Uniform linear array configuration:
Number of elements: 32
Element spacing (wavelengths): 0.5
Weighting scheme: hann
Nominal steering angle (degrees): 15
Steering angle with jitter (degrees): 14.804
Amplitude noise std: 0.05
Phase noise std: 0.05

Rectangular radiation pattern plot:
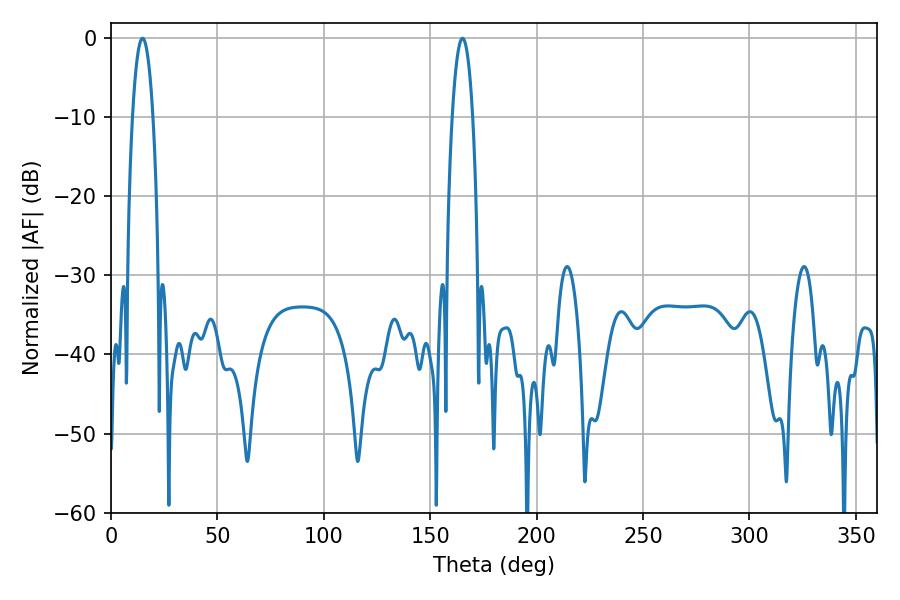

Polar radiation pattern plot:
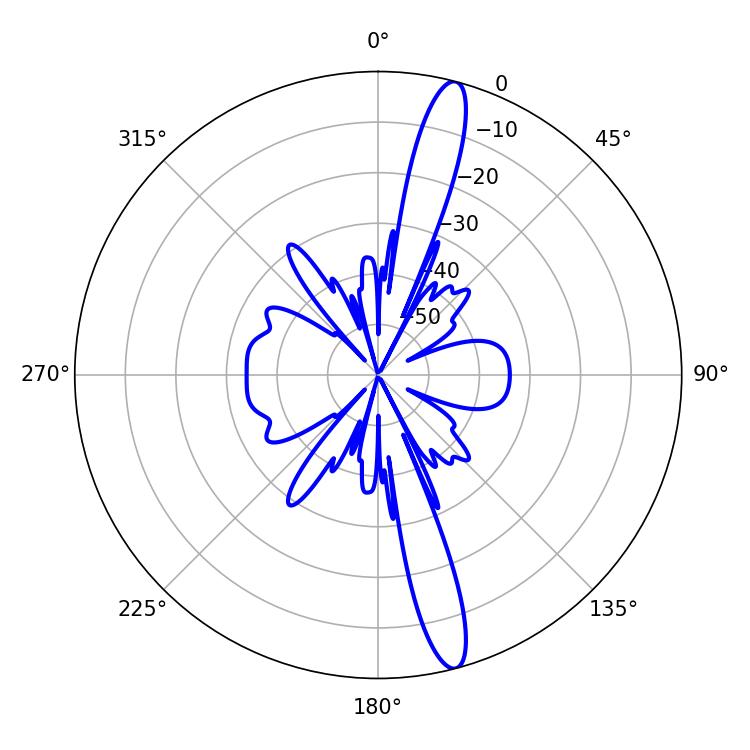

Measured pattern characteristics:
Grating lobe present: FALSE
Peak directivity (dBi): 15.913
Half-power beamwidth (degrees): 5.22
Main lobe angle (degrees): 14.76